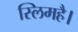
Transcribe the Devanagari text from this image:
स्लिमहै।